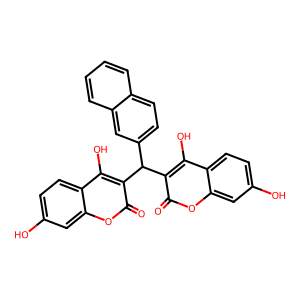
SMILES: O=c1oc2cc(O)ccc2c(O)c1C(c1ccc2ccccc2c1)c1c(O)c2ccc(O)cc2oc1=O
Inhibits HIV replication: No